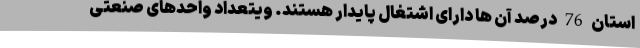
استان 76 درصد آن ها دارای اشتغال پایدار هستند. ویتعداد واحدهای صنعتی